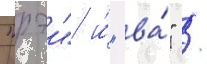
"рэи" и́ "ва́" /